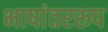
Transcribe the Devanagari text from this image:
भाषांतररूप